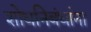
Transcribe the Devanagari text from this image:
शोधनिबंधांना